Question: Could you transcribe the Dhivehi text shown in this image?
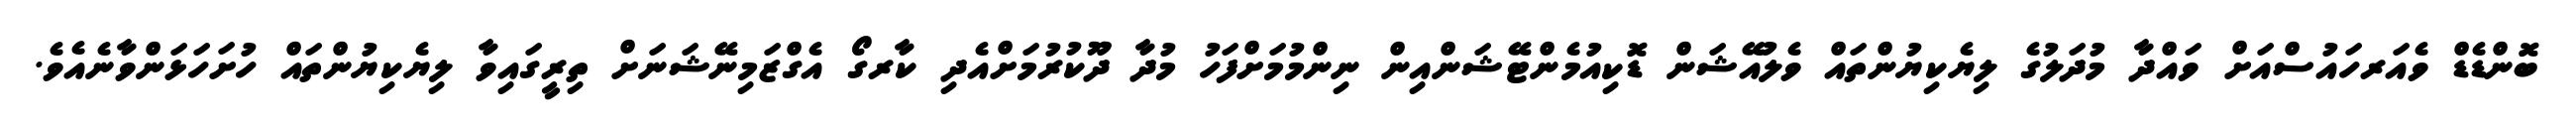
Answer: ބޮންޑެޑް ވެއަރހައުސްއަށް ވައްދާ މުދަލުގެ ލިޔެކިޔުންތައް ވެލުއޭޝަން ޑޮކިއުމެންޓޭޝަންއިން ނިންމުމަށްފަހު މުދާ ދޫކުރުމަށްއެދި ކާރގޯ އެގްޒަމިނޭޝަނަށް ތިރީގައިވާ ލިޔެކިޔުންތައް ހުށަހަޅަންވާނެއެވެ.